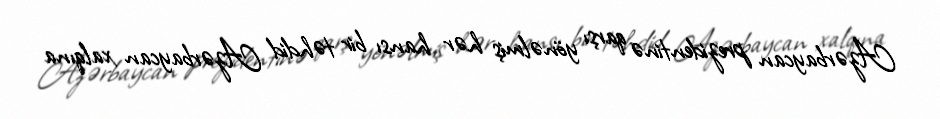
Azərbaycan prezidentinə qarşı yönəlmiş hər hansı bir təhdid Azərbaycan xalqına